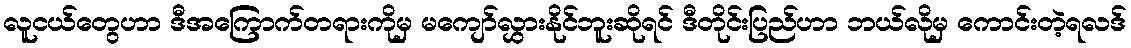
လူငယ်တွေဟာ ဒီအကြောက်တရားကိုမှ မကျော်လွှားနိုင်ဘူးဆိုရင် ဒီတိုင်းပြည်ဟာ ဘယ်လိုမှ ကောင်းတဲ့ရလဒ်